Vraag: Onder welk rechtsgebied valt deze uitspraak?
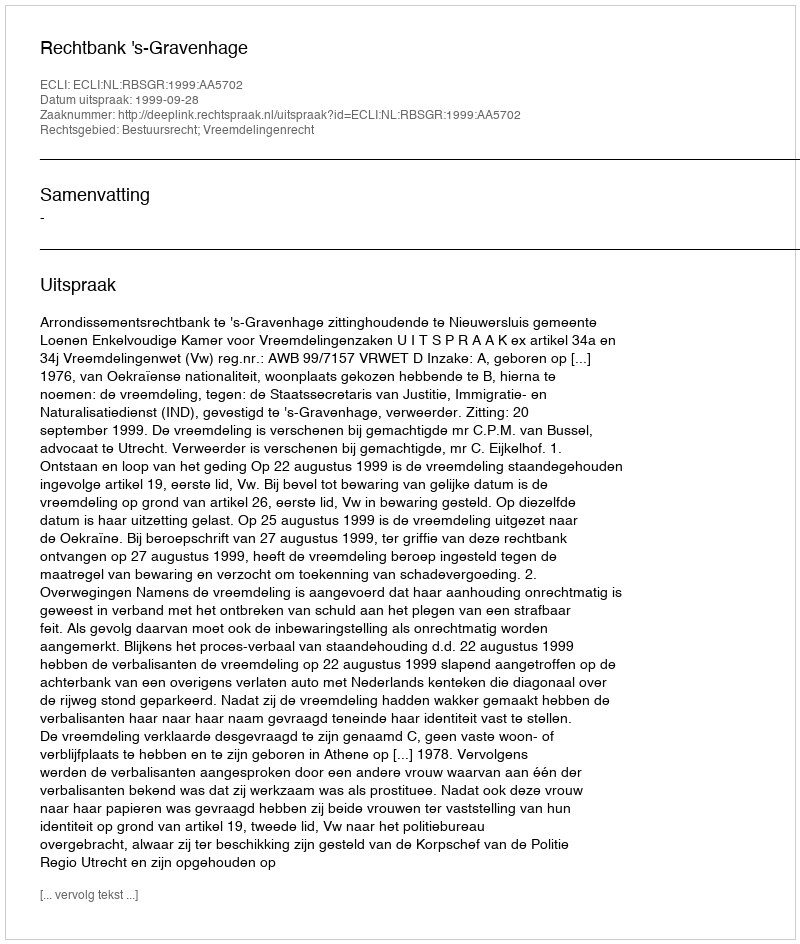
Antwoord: Bestuursrecht; Vreemdelingenrecht